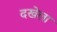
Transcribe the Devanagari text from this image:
दखेला